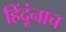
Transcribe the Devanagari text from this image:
हिंदूंनाच